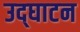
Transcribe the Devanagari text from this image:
उद्‌घाटन